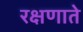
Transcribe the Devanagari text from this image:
रक्षणाते